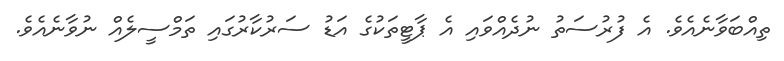
ތިއްބަވާނެއެވެ. އެ ފުރުސަތު ނުދެއްވައި އެ ޕާޓީތަކުގެ އަޑު ސަރުކާރުގައި ތަމްސީލެއް ނުވާނެއެވެ.